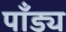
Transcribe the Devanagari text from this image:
पाँड्य